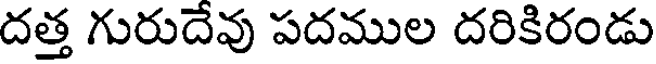
దత్త గురుదేవు పదముల దరికిరండు